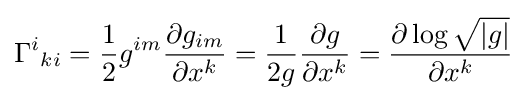
\Gamma ^{i}{}_{ki}={\frac {1}{2}}g^{im}{\frac {\partial g_{im}}{\partial x^{k}}}={\frac {1}{2g}}{\frac {\partial g}{\partial x^{k}}}={\frac {\partial \log {\sqrt {|g|}}}{\partial x^{k}}}